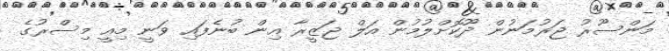
މަންސޫރު ޖަރުމަނުން ދޫކޮށްލުމުން އަލް ޖަޒީރާ އިން ބުނެފައި ވަނީ މިއީ މިސްރުގެ